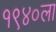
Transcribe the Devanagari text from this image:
१९४०ला